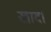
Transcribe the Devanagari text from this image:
खाद।